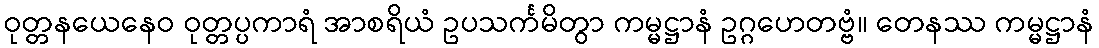
ဝုတ္တနယေနေဝ ဝုတ္တပ္ပကာရံ အာစရိယံ ဥပသင်္ကမိတွာ ကမ္မဋ္ဌာနံ ဥဂ္ဂဟေတဗ္ဗံ။ တေနဿ ကမ္မဋ္ဌာနံ